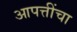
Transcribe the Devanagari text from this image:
आपत्तींचा